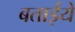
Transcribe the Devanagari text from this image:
बताईये